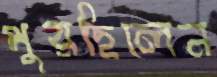
পুরছিলেন